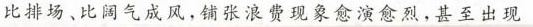
比排场、比阔气成风，铺张浪费现象愈演愈烈，甚至出现